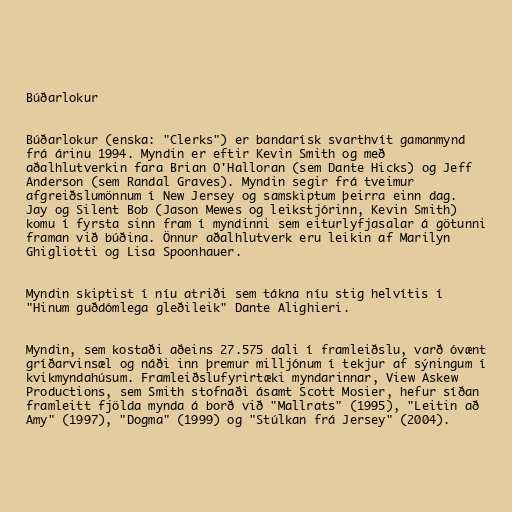
Búðarlokur

Búðarlokur (enska: "Clerks") er bandarísk svarthvít gamanmynd
frá árinu 1994. Myndin er eftir Kevin Smith og með
aðalhlutverkin fara Brian O'Halloran (sem Dante Hicks) og Jeff
Anderson (sem Randal Graves). Myndin segir frá tveimur
afgreiðslumönnum í New Jersey og samskiptum þeirra einn dag.
Jay og Silent Bob (Jason Mewes og leikstjórinn, Kevin Smith)
komu í fyrsta sinn fram í myndinni sem eiturlyfjasalar á götunni
framan við búðina. Önnur aðalhlutverk eru leikin af Marilyn
Ghigliotti og Lisa Spoonhauer.

Myndin skiptist í níu atriði sem tákna níu stig helvítis í
"Hinum guðdómlega gleðileik" Dante Alighieri.

Myndin, sem kostaði aðeins 27.575 dali í framleiðslu, varð óvænt
gríðarvinsæl og náði inn þremur milljónum í tekjur af sýningum í
kvikmyndahúsum. Framleiðslufyrirtæki myndarinnar, View Askew
Productions, sem Smith stofnaði ásamt Scott Mosier, hefur síðan
framleitt fjölda mynda á borð við "Mallrats" (1995), "Leitin að
Amy" (1997), "Dogma" (1999) og "Stúlkan frá Jersey" (2004).